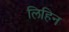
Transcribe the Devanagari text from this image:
लिहिन